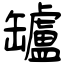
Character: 罏